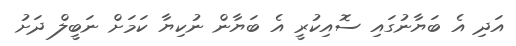
އަދި އެ ބަޔާނުގައި ސޮއިކުރީ އެ ބަޔާން ނުކިޔާ ކަމަށް ނަބީލް ދަށު